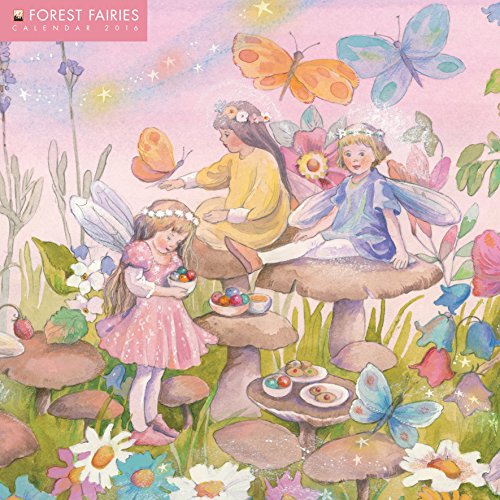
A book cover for Forest Fairies Wall Calendar 2016 (Art Calendar); Calendars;